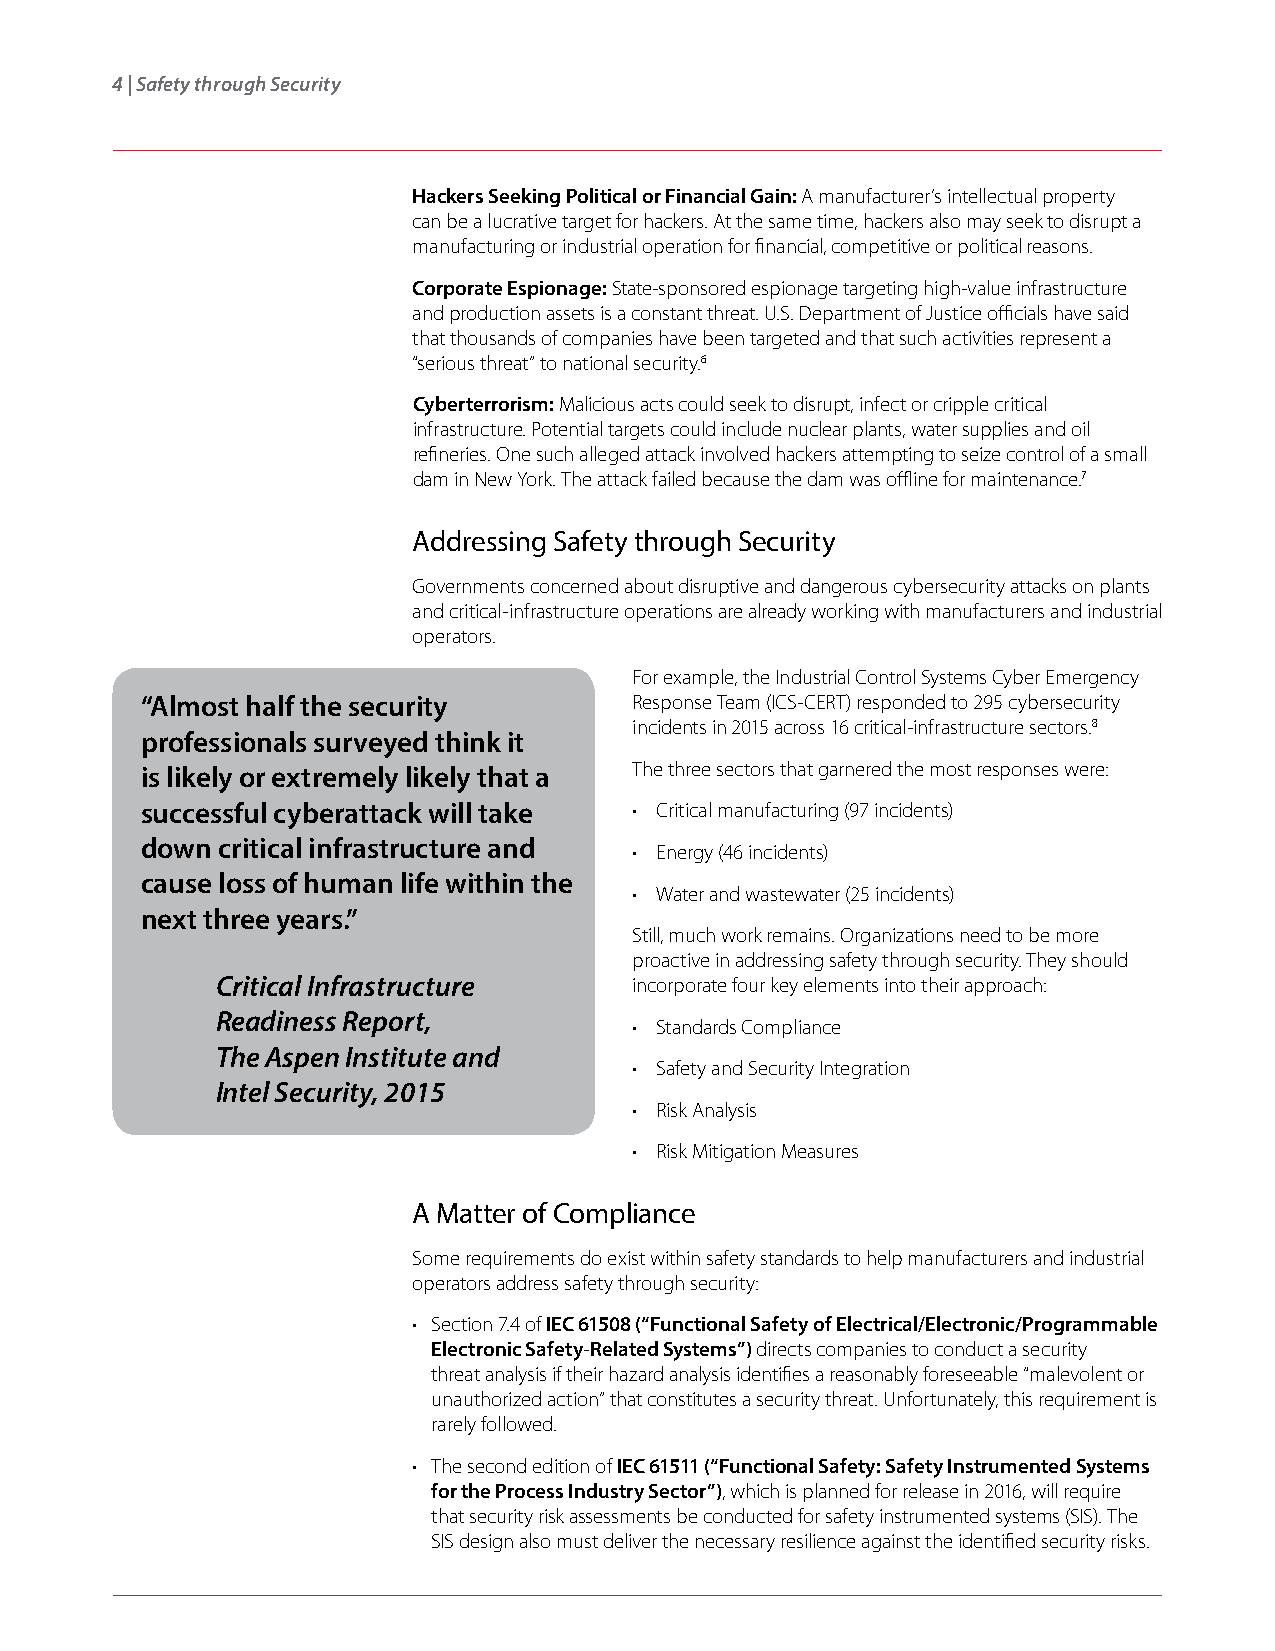
4 | Safety through Security
 Hackers Seeking Political or Financial Gain: A manufacturer’s intellectual property
 can be a lucrative target for hackers. At the same time, hackers also may seek to disrupt a
 manufacturing or industrial operation for financial, competitive or political reasons.
 Corporate Espionage: State-sponsored espionage targeting high-value infrastructure
 and production assets is a constant threat. U.S. Department of Justice officials have said
 that thousands of companies have been targeted and that such activities represent a
 “serious threat” to national security.6
 Cyberterrorism: Malicious acts could seek to disrupt, infect or cripple critical
 infrastructure. Potential targets could include nuclear plants, water supplies and oil
 refineries. One such alleged attack involved hackers attempting to seize control of a small
 dam in New York. The attack failed because the dam was offline for maintenance.7
 Addressing Safety through Security
 Governments concerned about disruptive and dangerous cybersecurity attacks on plants
 and critical-infrastructure operations are already working with manufacturers and industrial
 operators.
 For example, the Industrial Control Systems Cyber Emergency
 “Almost half the security        Response Team (ICS-CERT) responded to 295 cybersecurity
 incidents in 2015 across 16 critical-infrastructure sectors.8
 professionals surveyed think it
 is likely or extremely likely that a The three sectors that garnered the most responses were:
 successful cyberattack will take • Critical manufacturing (97 incidents)
 down critical infrastructure and
 • Energy (46 incidents)
 cause loss of human life within the
 • Water and wastewater (25 incidents)
 next three years.”
 Still, much work remains. Organizations need to be more
 proactive in addressing safety through security. They should
 Critical Infrastructure     incorporate four key elements into their approach:
 Readiness Report,
 • Standards Compliance
 The Aspen Institute and
 • Safety and Security Integration
 Intel Security, 2015
 • Risk Analysis
 • Risk Mitigation Measures
 A Matter of Compliance
 Some requirements do exist within safety standards to help manufacturers and industrial
 operators address safety through security:
 • Section 7.4 of IEC 61508 (“Functional Safety of Electrical/Electronic/Programmable
 Electronic Safety-Related Systems”) directs companies to conduct a security
 threat analysis if their hazard analysis identifies a reasonably foreseeable “malevolent or
 unauthorized action” that constitutes a security threat. Unfortunately, this requirement is
 rarely followed.
 • The second edition of IEC 61511 (“Functional Safety: Safety Instrumented Systems
 for the Process Industry Sector”), which is planned for release in 2016, will require
 that security risk assessments be conducted for safety instrumented systems (SIS). The
 SIS design also must deliver the necessary resilience against the identified security risks.